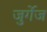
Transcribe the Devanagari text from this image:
जुर्गेज